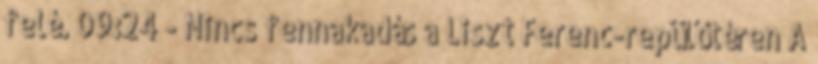
felé. 09:24 - Nincs fennakadás a Liszt Ferenc-repülőtéren A